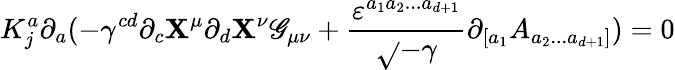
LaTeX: K_{j}^{a}\partial_{a}(-\gamma^{cd}\partial_{c}\mathbf{X}^{\mu}\partial_{d}\mathbf{X}^{\nu}\mathscr{G}_{\mu\nu}+\frac{{\varepsilon^{a_{1}a_{2}...a_{d+1}}}}{{\sqrt{}{{-\gamma}}}}\partial_{[a_{1}}A_{a_{2}...a_{d+1}]})=0